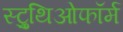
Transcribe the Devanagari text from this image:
स्ट्रुथिओफॉर्म